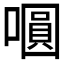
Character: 𭋋